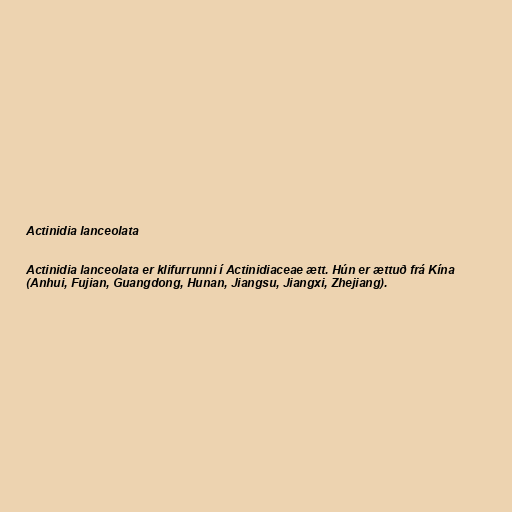
Actinidia lanceolata

Actinidia lanceolata er klifurrunni í Actinidiaceae ætt. Hún er ættuð frá Kína
(Anhui, Fujian, Guangdong, Hunan, Jiangsu, Jiangxi, Zhejiang).